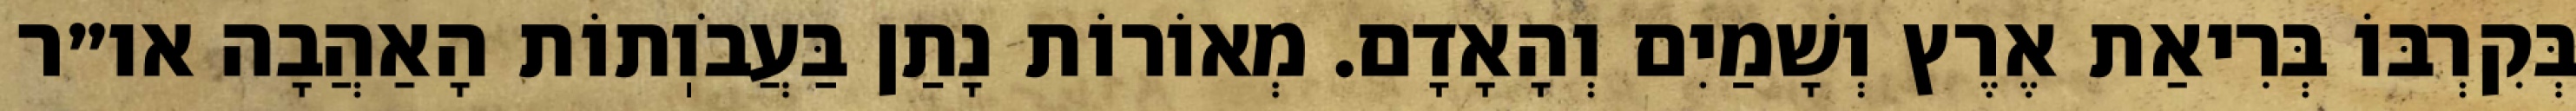
בְּקִרְבּוֹ בְּרִיאַת אֶרֶץ וְשָׁמַיִם וְהָאָדָם. מְאוֹרוֹת נָתַן בַּעֲבֹוֽתוֹת הָאַהֲבָה או״ר